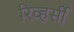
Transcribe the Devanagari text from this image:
रिव्हर्सी